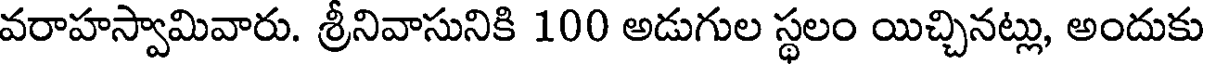
వరాహస్వామివారు. శ్రీనివాసునికి 100 అడుగుల స్థలం యిచ్చినట్లు, అందుకు